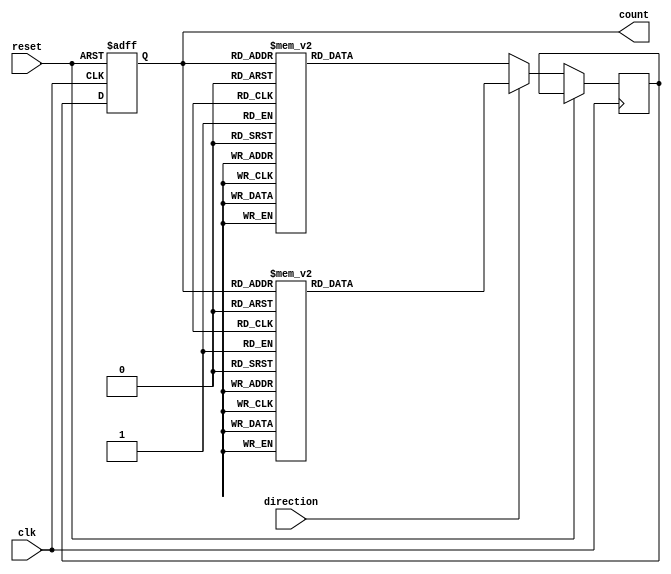
module gray_counter(
    input wire clk,      // Clock signal
    input wire reset,    // Reset signal
    input wire direction, // Direction signal (0 for increment, 1 for decrement)
    output reg [3:0] count    // Current count value in Gray code
);

reg [3:0] next_count;

always @(posedge clk or posedge reset) begin
    if (reset) begin
        count <= 4'b0000; // Initialize count to 0
    end else begin
        if (direction) begin
            // Decrement count
            case(count)
                4'b0000: next_count <= 4'b0001;
                4'b0001: next_count <= 4'b0011;
                4'b0011: next_count <= 4'b0010;
                4'b0010: next_count <= 4'b0110;
                4'b0110: next_count <= 4'b0111;
                4'b0111: next_count <= 4'b0101;
                4'b0101: next_count <= 4'b0100;
                4'b0100: next_count <= 4'b1100;
                4'b1100: next_count <= 4'b1101;
                4'b1101: next_count <= 4'b1111;
                4'b1111: next_count <= 4'b1110;
                default: next_count <= 4'b0000;
            endcase
        end else begin
            // Increment count
            case(count)
                4'b0000: next_count <= 4'b0001;
                4'b0001: next_count <= 4'b0011;
                4'b0011: next_count <= 4'b0010;
                4'b0010: next_count <= 4'b0110;
                4'b0110: next_count <= 4'b0111;
                4'b0111: next_count <= 4'b0101;
                4'b0101: next_count <= 4'b0100;
                4'b0100: next_count <= 4'b1100;
                4'b1100: next_count <= 4'b1101;
                4'b1101: next_count <= 4'b1111;
                4'b1111: next_count <= 4'b1110;
                default: next_count <= 4'b0000;
            endcase
        end
        
        count <= next_count;
    end
end

endmodule